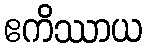
ဧကိဿာယ